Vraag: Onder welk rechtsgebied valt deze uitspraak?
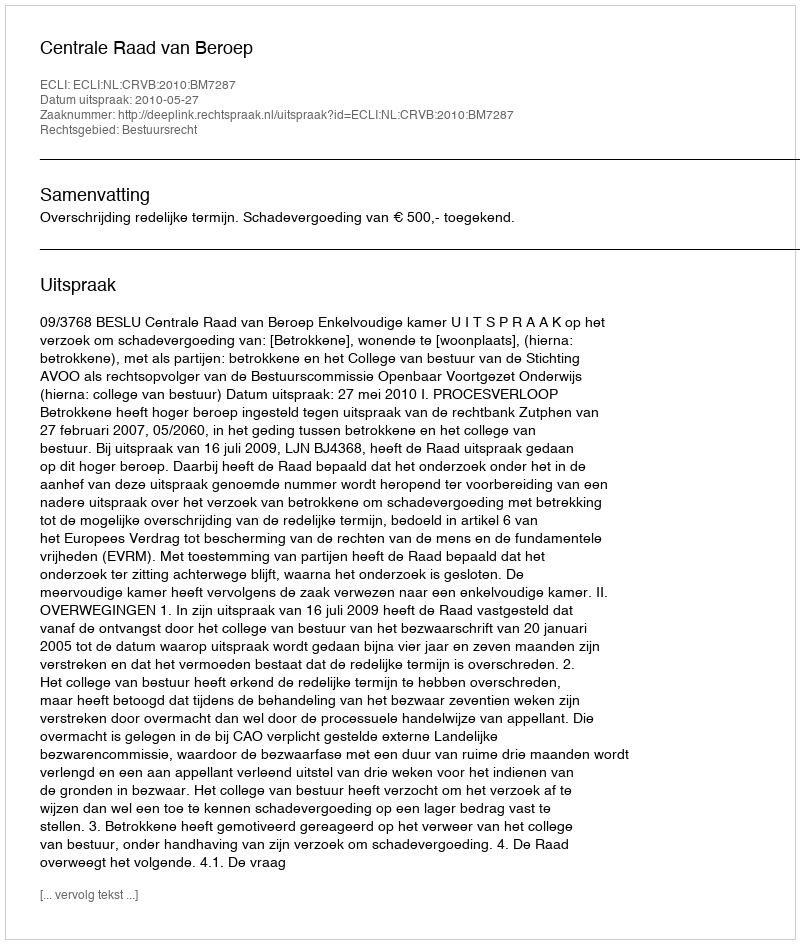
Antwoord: Bestuursrecht